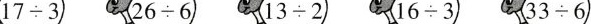
$$1 7 \div 3$$ $$2 6 \div 6$$ $$1 3 \div 2$$ $$1 6 \div 3$$ $$3 3 \div 6$$